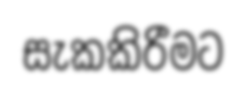
සැකකිරීමට